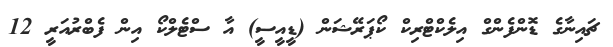
ޗައިނާގެ ޑޮންފެންގް އިލެކްޓްރިކް ކޯޕަރޭޝަން (ޑީއީސީ) އާ ސްޓެލްކޯ އިން ފެބްރުއަރީ 12